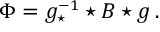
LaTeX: \Phi = g _ { \star } ^ { - 1 } \star B \star g \, .